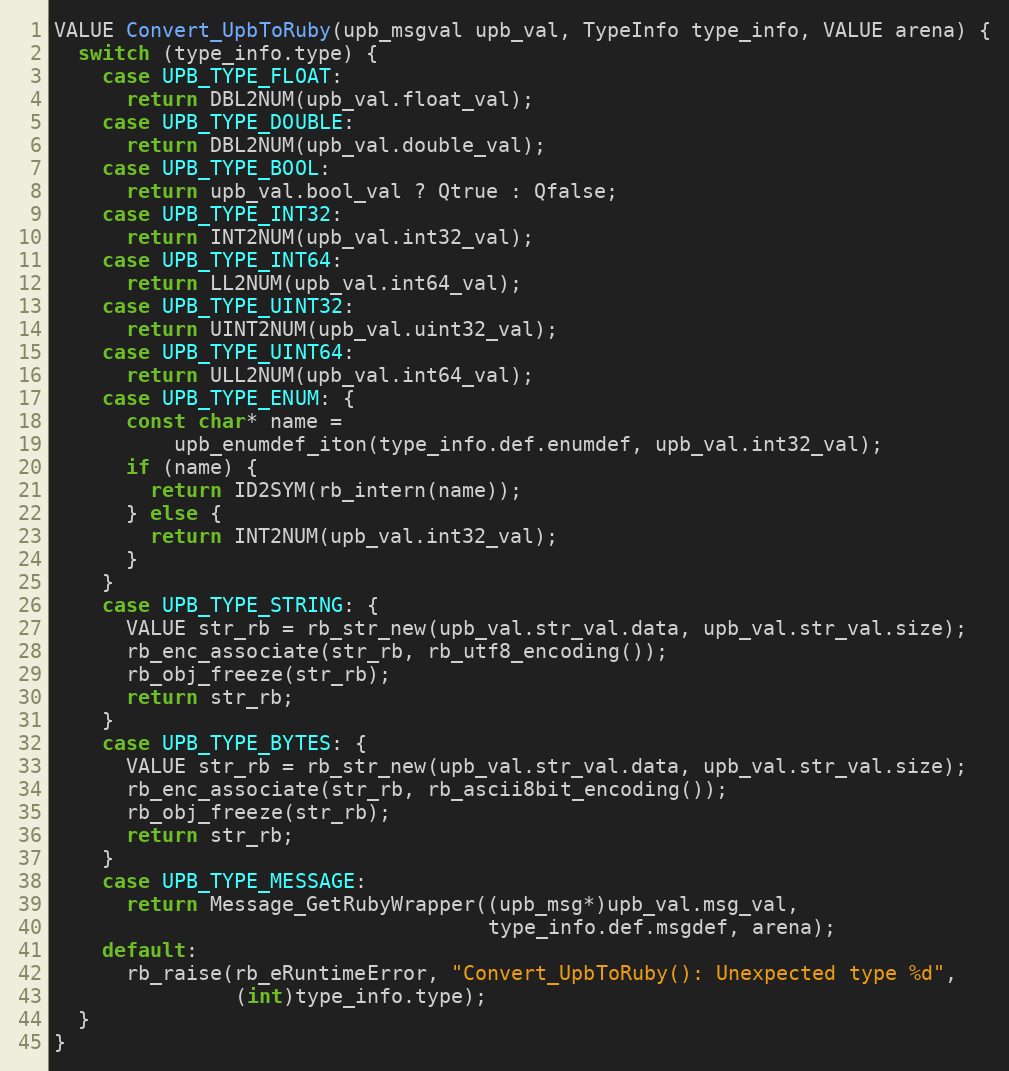
Language: C
VALUE Convert_UpbToRuby(upb_msgval upb_val, TypeInfo type_info, VALUE arena) {
  switch (type_info.type) {
    case UPB_TYPE_FLOAT:
      return DBL2NUM(upb_val.float_val);
    case UPB_TYPE_DOUBLE:
      return DBL2NUM(upb_val.double_val);
    case UPB_TYPE_BOOL:
      return upb_val.bool_val ? Qtrue : Qfalse;
    case UPB_TYPE_INT32:
      return INT2NUM(upb_val.int32_val);
    case UPB_TYPE_INT64:
      return LL2NUM(upb_val.int64_val);
    case UPB_TYPE_UINT32:
      return UINT2NUM(upb_val.uint32_val);
    case UPB_TYPE_UINT64:
      return ULL2NUM(upb_val.int64_val);
    case UPB_TYPE_ENUM: {
      const char* name =
          upb_enumdef_iton(type_info.def.enumdef, upb_val.int32_val);
      if (name) {
        return ID2SYM(rb_intern(name));
      } else {
        return INT2NUM(upb_val.int32_val);
      }
    }
    case UPB_TYPE_STRING: {
      VALUE str_rb = rb_str_new(upb_val.str_val.data, upb_val.str_val.size);
      rb_enc_associate(str_rb, rb_utf8_encoding());
      rb_obj_freeze(str_rb);
      return str_rb;
    }
    case UPB_TYPE_BYTES: {
      VALUE str_rb = rb_str_new(upb_val.str_val.data, upb_val.str_val.size);
      rb_enc_associate(str_rb, rb_ascii8bit_encoding());
      rb_obj_freeze(str_rb);
      return str_rb;
    }
    case UPB_TYPE_MESSAGE:
      return Message_GetRubyWrapper((upb_msg*)upb_val.msg_val,
                                    type_info.def.msgdef, arena);
    default:
      rb_raise(rb_eRuntimeError, "Convert_UpbToRuby(): Unexpected type %d",
               (int)type_info.type);
  }
}